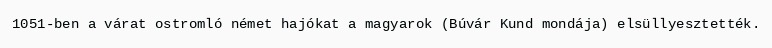
1051-ben a várat ostromló német hajókat a magyarok (Búvár Kund mondája) elsüllyesztették.